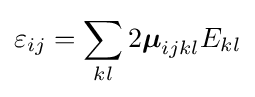
\varepsilon _{ij}=\sum _{kl}2{\boldsymbol {\mu }}_{ijkl}E_{kl}